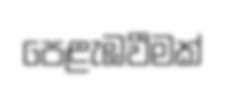
පෙළැඹවීමක්